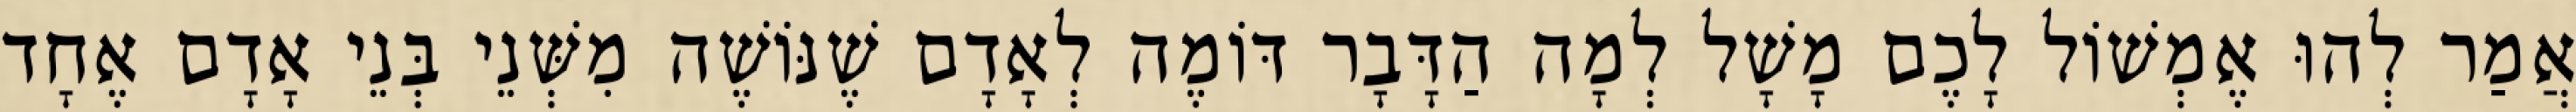
אֲמַר לְהוּ אֶמְשׁוֹל לָכֶם מָשָׁל לְמָה הַדָּבָר דּוֹמֶה לְאָדָם שֶׁנּוֹשֶׁה מִשְּׁנֵי בְּנֵי אָדָם אֶחָד